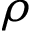
\rho